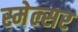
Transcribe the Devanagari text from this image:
स्मेल्सर